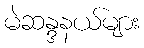
မဲဆန္ဒနယ်များ